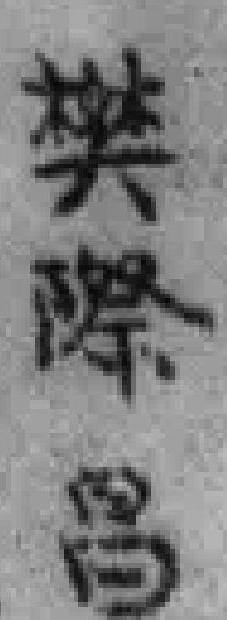
樊際昌